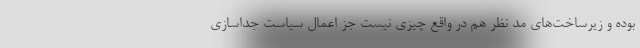
بوده و زیرساخت‌های مد نظر هم در واقع چیزی نیست جز اعمال سیاست جداسازی